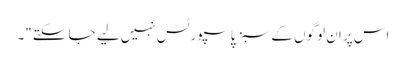
اس پر ان لوگوں کے سبز پاسپورٹس نہیں لیے جا سکتے"۔